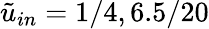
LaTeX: \tilde{u}_{in}=1/4,6.5/20